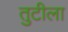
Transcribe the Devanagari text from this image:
तुटीला